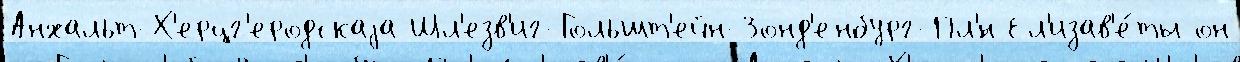
Анхальт-Х'ерцг'еродскаjа Шл'езв'иг-Гольшт'ейн-Зонд'енбург-Пл'́н Ел'изав'е́ты он